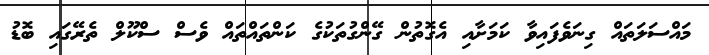
މައްސަލަތައް ގިނަވެފައިވާ ކަމަށާއި އެގޮތުން ގޭންގުތަކުގެ ކަންތައްތައް ވެސް ސްކޫލް ތެރޭގައި ބޮޑު